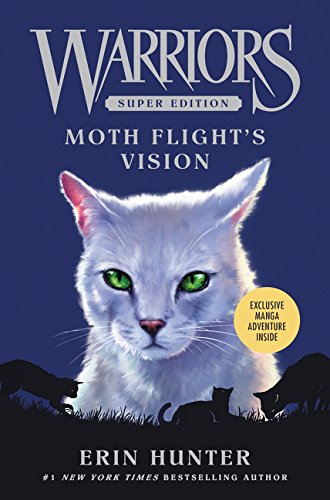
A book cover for Warriors Super Edition: Moth Flight's Vision; Erin Hunter; Children's Books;